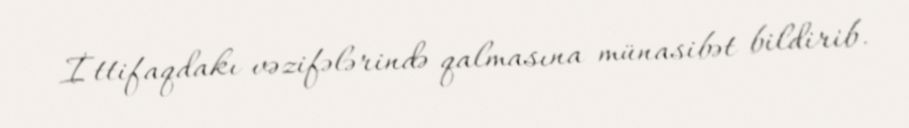
İttifaqdakı vəzifələrində qalmasına münasibət bildirib.